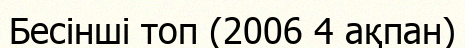
Бесінші топ (2006 4 ақпан)